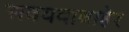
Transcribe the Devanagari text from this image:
अवयवाबाहेर